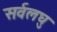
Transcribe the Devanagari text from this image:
सर्वलघु